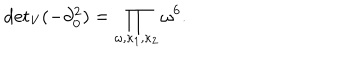
LaTeX: { \det } _ { \mathrm { V } } ( - \partial _ { 0 } ^ { 2 } ) = \prod _ { \omega , \kappa _ { 1 } , \kappa _ { 2 } } \omega ^ { 6 } .